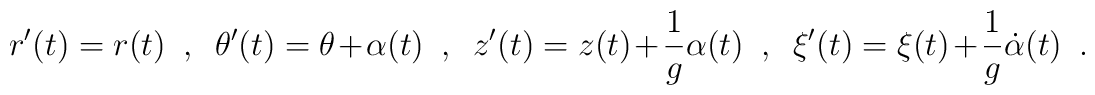
r'(t)=r(t)\ \ ,\ \ \theta'(t)=\theta+\alpha(t)\ \ ,\ \ z'(t)=z(t)+\frac{1}{g}\alpha(t)\ \ ,\ \ \xi'(t)=\xi(t)+\frac{1}{g}\dot{\alpha}(t)\ \ .